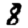
Digit: 8